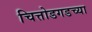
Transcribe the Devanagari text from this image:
चित्तोडगडच्या